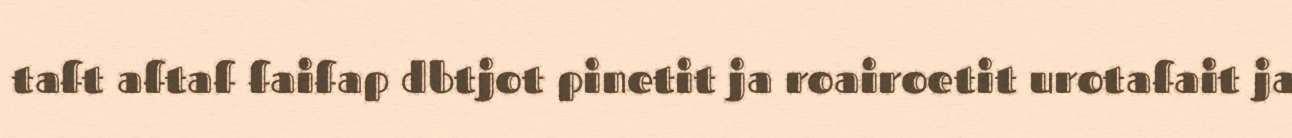
taft aftaf faifap dbtjot pinetit ja roairoetit urotafait ja